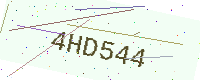
Text: 4HD544